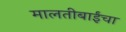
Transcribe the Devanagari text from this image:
मालतीबाईंचा